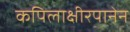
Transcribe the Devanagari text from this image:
कपिलाक्षीरपानेन